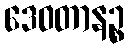
ဒေဝတာနဉ္စ